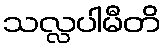
သလ္လပါမီတိ